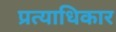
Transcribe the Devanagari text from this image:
प्रत्याधिकार